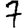
Digit: 7